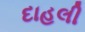
દાહલી